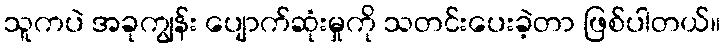
သူကပဲ အခုကျွန်း ပျောက်ဆုံးမှုကို သတင်းပေးခဲ့တာ ဖြစ်ပါတယ်။